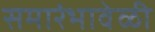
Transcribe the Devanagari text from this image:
समारंभावेळी